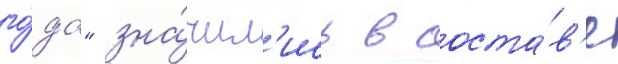
го́да" зна́чил'ись в соста́в'е